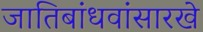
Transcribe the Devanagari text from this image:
जातिबांधवांसारखे